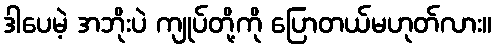
ဒါပေမဲ့ အဘိုးပဲ ကျုပ်တို့ကို ပြောတယ်မဟုတ်လား။